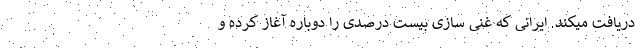
دریافت میکند. ایرانی که غنی سازی بیست درصدی را دوباره آغاز کرده و